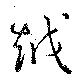
越